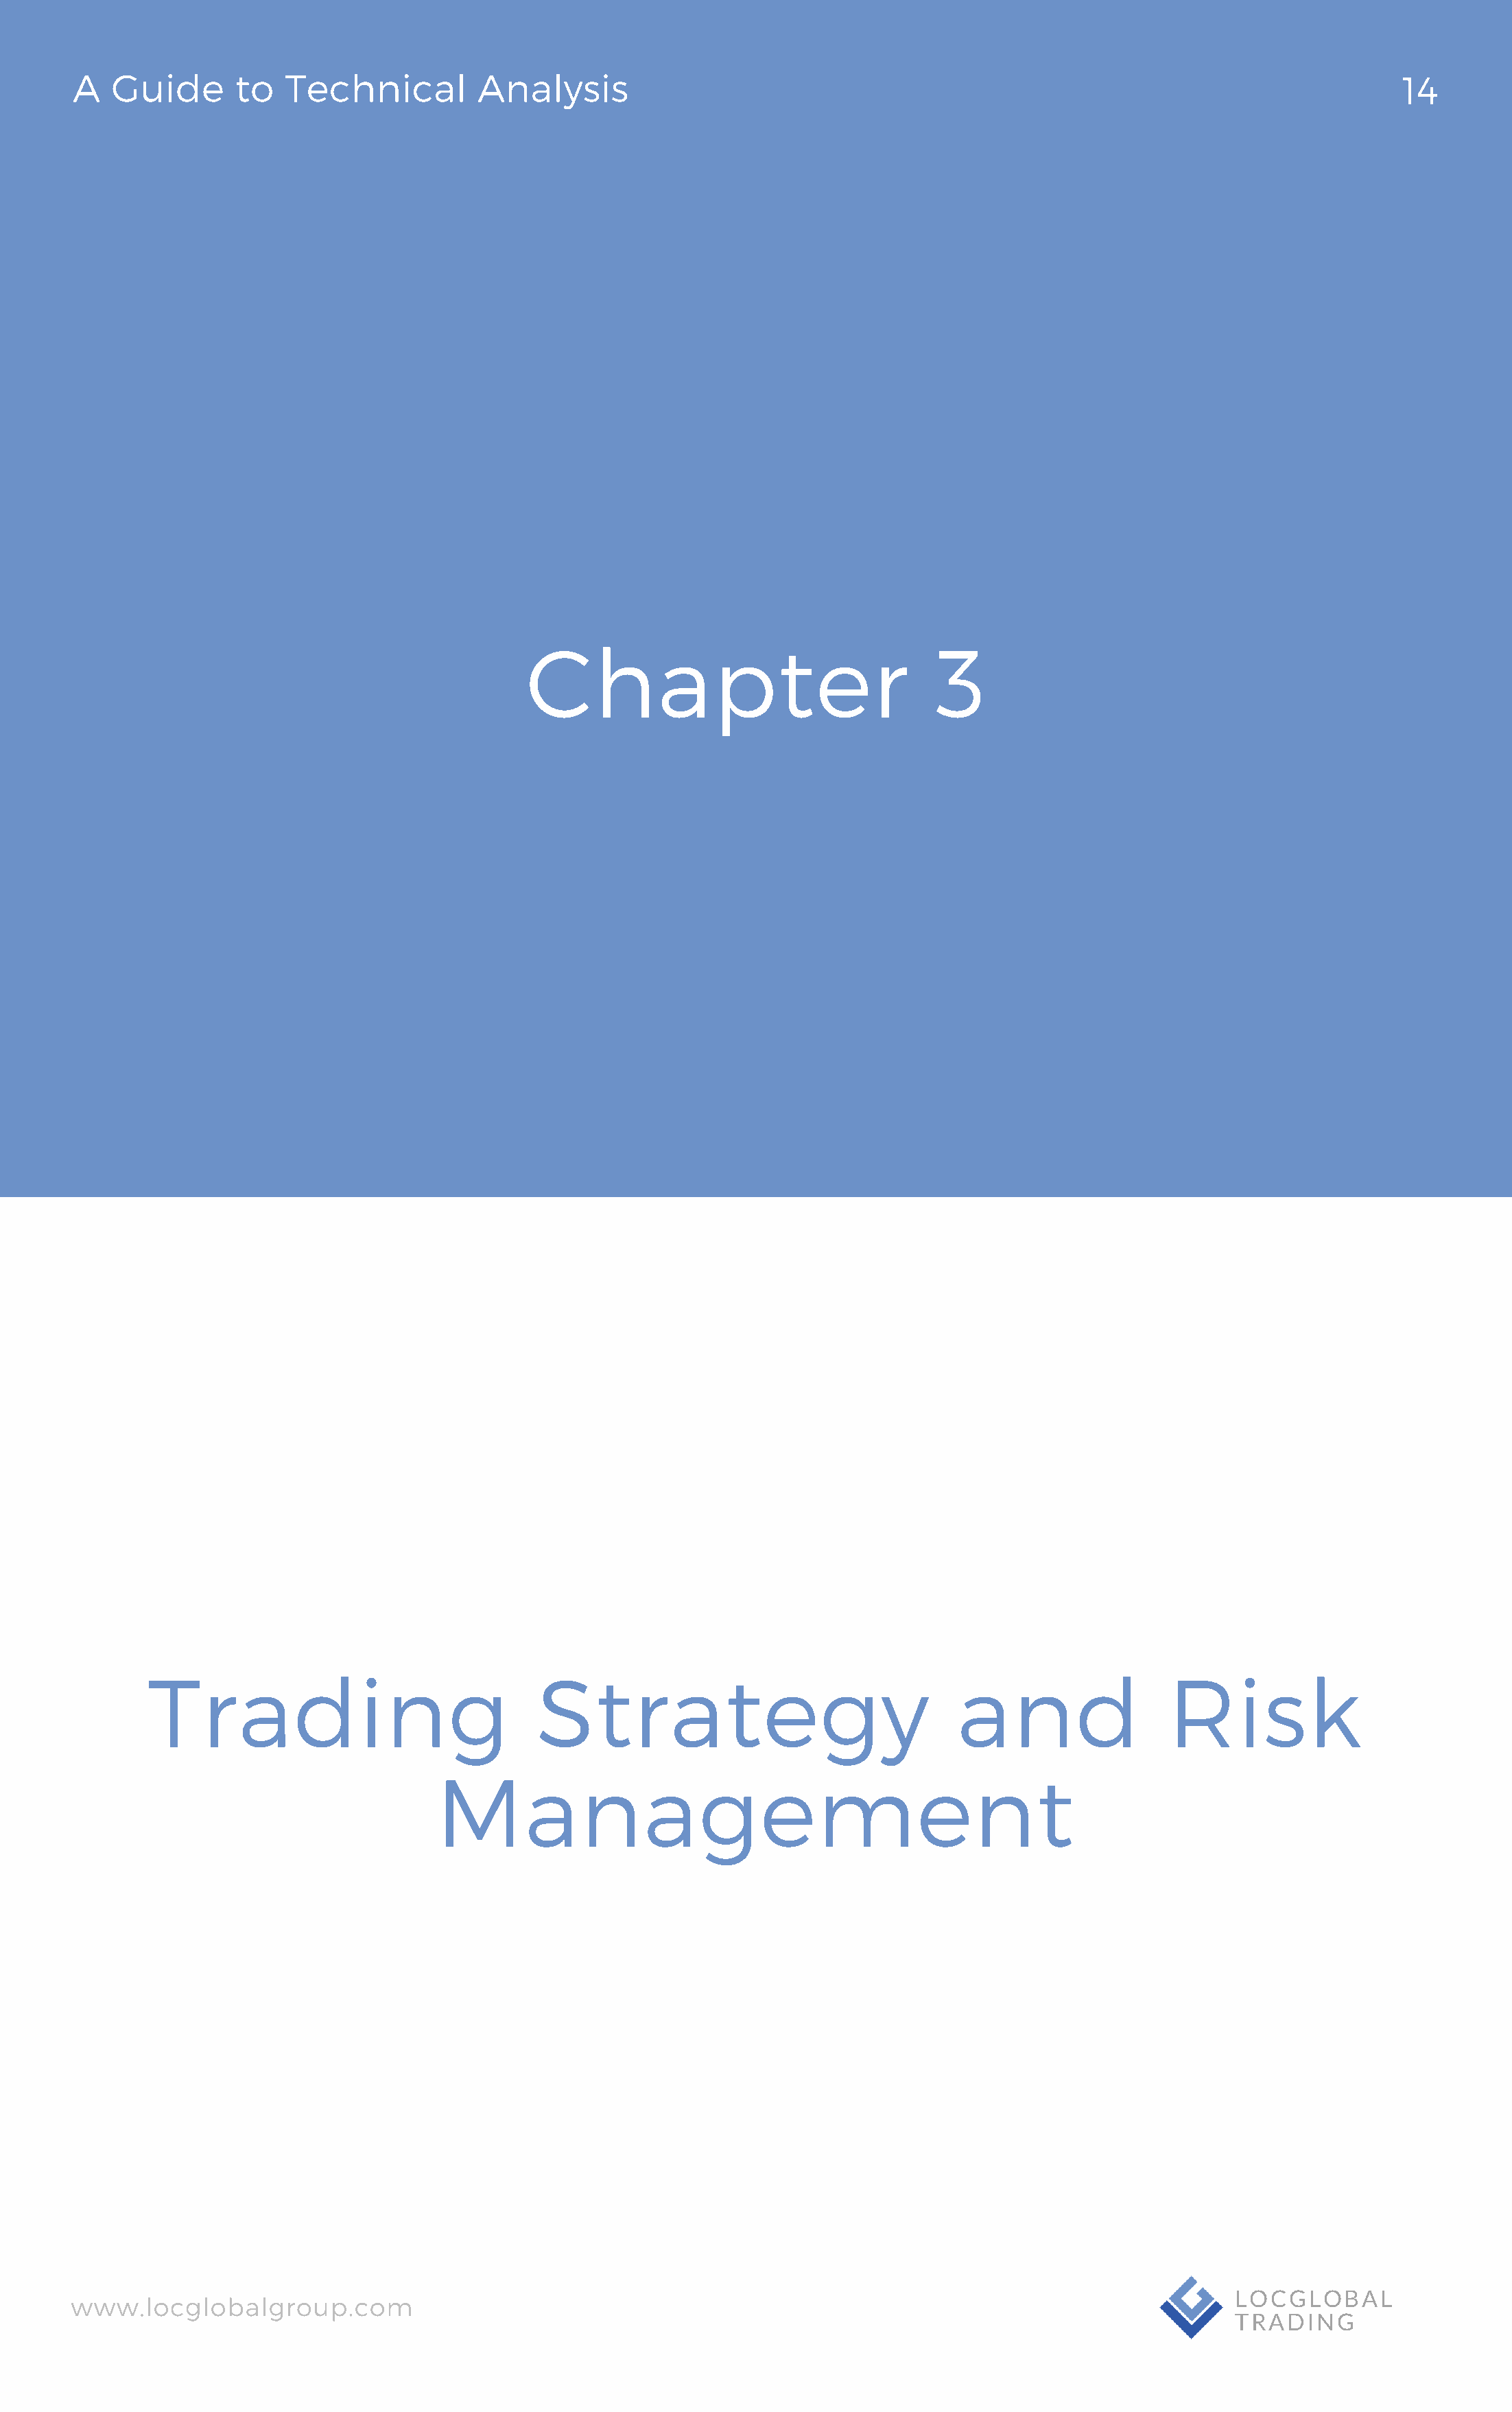
A   Guide       to  Technical          Analysis                                                                                 14
 Chapter                                3
 Trading                               Strategy                                and                  Risk
 Management
 www.locglobalgroup.com                                                                                          LOCGLOBAL
 TRADING